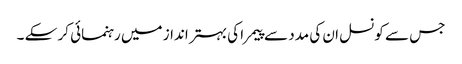
جس سے کونسل ان کی مدد سے پیمرا کی بہتر انداز میں رہنمائی کر سکے ۔